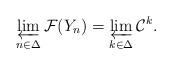
LaTeX: \begin{align*}\varprojlim_{n\in\Delta} \mathcal F(Y_n) = \varprojlim_{k\in\Delta} \mathcal C^k.\end{align*}